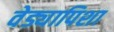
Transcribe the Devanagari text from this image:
वेड्यापिशा